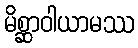
မိစ္ဆာဝါယာမဿ